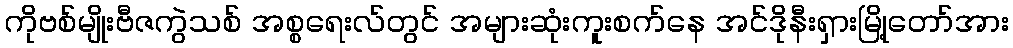
ကိုဗစ်မျိုးဗီဇကွဲသစ် အစ္စရေးလ်တွင် အများဆုံးကူးစက်နေ အင်ဒိုနီးရှားမြို့တော်အား